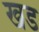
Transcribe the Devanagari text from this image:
खड